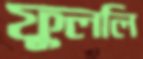
ফুললি